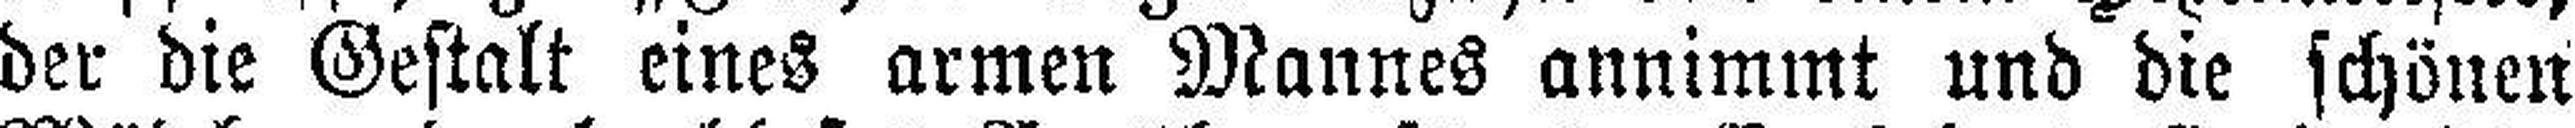
der die Gestalt eines armen Mannes annimmt und die schönen